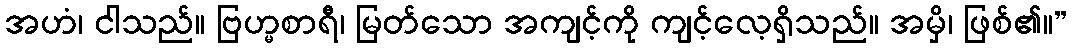
အဟံ၊ ငါသည်။ ဗြဟ္မစာရီ၊ မြတ်သော အကျင့်ကို ကျင့်လေ့ရှိသည်။ အမှိ၊ ဖြစ်၏။”